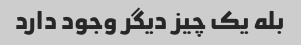
بله یک چیز دیگر وجود دارد